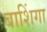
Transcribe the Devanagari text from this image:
बाशिंगा